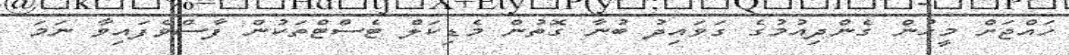
ހައްޖަށް މީހުން ގެންދިއުމުގެ ގަވައިދު ބުނާ ގޮތުން މެޑިކަލް ޓެސްޓްތަކުން ފާސްވެފައިވާ ނަމަ